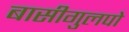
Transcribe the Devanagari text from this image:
बासीगुलपो